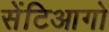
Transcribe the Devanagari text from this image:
सेंटिआगो